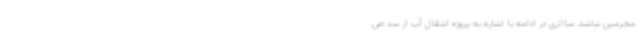
مجرمین نباشد. سالاری در ادامه با اشاره به پروژه انتقال آب از سد ص